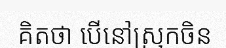
គិតថា បើនៅស្រុកចិន